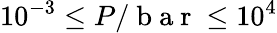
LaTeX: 10^{-3}\le P/\mathrm{~b~a~r~}\le 10^{4}